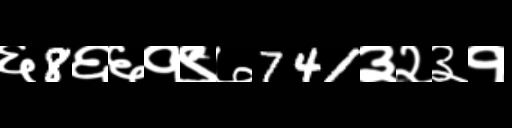
Text: ६8६६१९७741३२३१